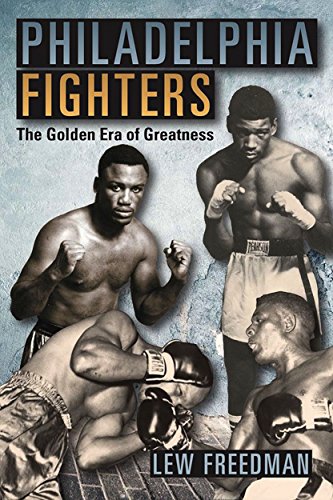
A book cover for Philadelphia Fighters: The Golden Era of Greatness; Lew Freedman; Sports & Outdoors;